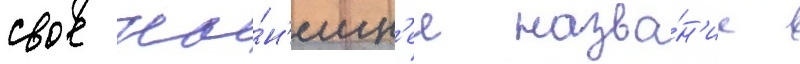
свое ны́н'ешн'ее назва́н'ие